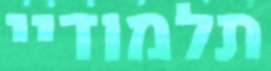
תלמודיי